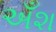
અઁશ